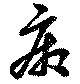
廂